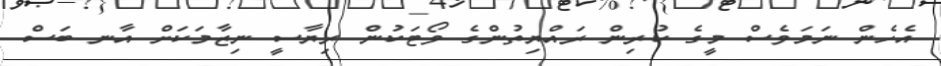
އެހެން ނަމަވެސް މީގެ ކުރިން ރައްޔިތުންގެ ވޯޓަކުން ރިޔާސީ ނިޒާމަކަށް އާނ ބަސް